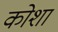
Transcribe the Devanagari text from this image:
कोशां